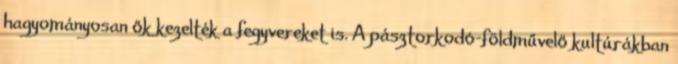
hagyományosan ők kezelték a fegyvereket is. A pásztorkodó-földművelő kultúrákban